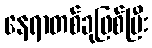
နေရာတစ်ခုဖြစ်ပြီး